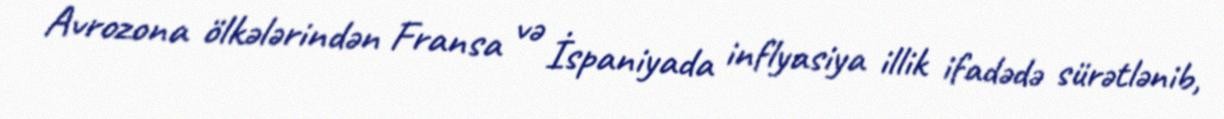
Avrozona ölkələrindən Fransa və İspaniyada inflyasiya illik ifadədə sürətlənib,